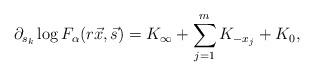
LaTeX: \begin{align*}\partial_{s_{k}} \log F_{\alpha}(r\vec{x},\vec{s})= K_{\infty} + \sum_{j=1}^{m}K_{-x_{j}} + K_{0},\end{align*}